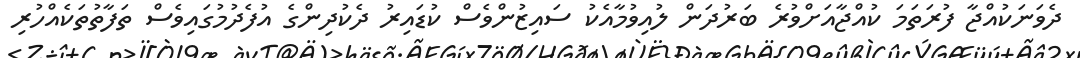
ދެވަނަކުއްޖާ ފުރަތަމަ ކުއްޖާއަށްވުރެ ބަރުދަން ލުއިވުމާއެކު ސައިޒުންވެސް ކުޑައިރު ދެކުދިންގެ އުފެދުމުގައިވެސް ތަފާތުތަކެއްހުރި